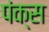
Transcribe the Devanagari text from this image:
पंक्स